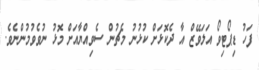
ފަހު ޑިޕޯޓިވޯ އަލަވޭޒް އާ ދެކޮޅަށް ކުޅުނު މެޗުން ސެވިއްޔާއަށް މޮޅު ނުވެވުމުންނެވެ.